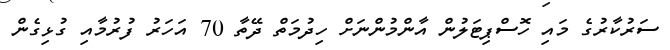
ސަރުކާރުގެ މައި ހޮސްޕިޓަލުން އާންމުންނަށް ހިދުމަތް ދޭތާ 70 އަހަރު ފުރުމާއި ގުޅިގެން